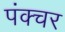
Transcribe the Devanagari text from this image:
पंक्‍चर